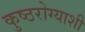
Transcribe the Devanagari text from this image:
कुष्ठरोग्याशी